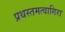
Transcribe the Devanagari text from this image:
प्रथस्तमत्वागिरा